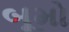
બૂમો